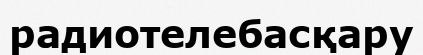
радиотелебасқару